Annual report of the Bengal Veterinary College and of the Civil Veterinary Department, Bengal, for the year 1910-1911 - 1910-1911
Year: 1910
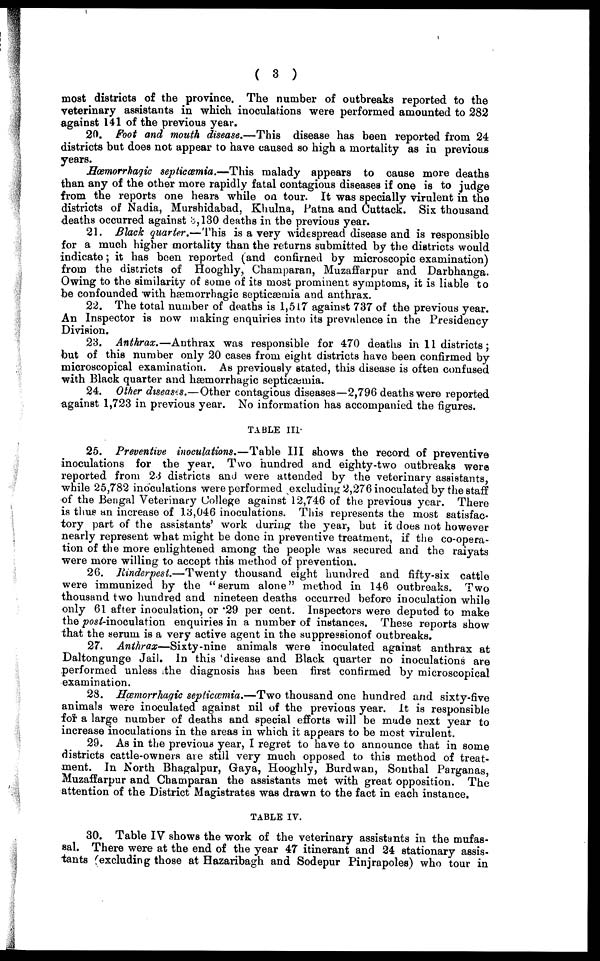
( 3 )
most districts of the province. The number of outbreaks reported to the
veterinary assistants in which inoculations were performed amounted to 282
against 141 of the previous year.
20. Foot and mouth disease.—This disease has been reported from 24
districts but does not appear to have caused so high a mortality as in previous
years.
Hæmorrhagic septicæmia.—This malady appears to cause more deaths
than any of the other more rapidly fatal contagious diseases if one is to judge
from the reports one hears while on tour. It was specially virulent in the
districts of Nadia, Murshidabad, Khulna, Patna and Cuttack. Six thousand
deaths occurred against 3,130 deaths in the previous year.
21. Black quarter.—This is a very widespread disease and is responsible
for a much higher mortality than the returns submitted by the districts would
indicate; it has been reported (and confirned by microscopic examination)
from the districts of Hooghly, Champaran, Muzaffarpur and Darbhanga.
Owing to the similarity of some of its most prominent symptoms, it is liable to
be confounded with hæmorrhagic septicæmia and anthrax.
22. The total number of deaths is 1,517 against 737 of the previous year.
An Inspector is now making enquiries into its prevalence in the Presidency
Division.
23. Anthrax.—Anthrax was responsible for 470 deaths in 11 districts;
but of this number only 20 cases from eight districts have been confirmed by
microscopical examination. As previously stated, this disease is often confused
with Black quarter and hæmorrhagic septicæmia.
24. Other diseases.—Other contagious diseases—2,796 deaths were reported
against 1,723 in previous year. No information has accompanied the figures.
TABLE III.
25. Preventive inoculations.—Table III shows the record of preventive
inoculations for the year. Two hundred and eighty-two outbreaks were
reported from 23 districts and were attended by the veterinary assistants,
while 25,782 inoculations were performed excluding 2,276 inoculated by the staff
of the Bengal Veterinary College against 12,746 of the previous year. There
is thus an increase of 13,046 inoculations. This represents the most satisfac-
tory part of the assistants' work during the year, but it does not however
nearly represent what might be done in preventive treatment, if the co-opera-
tion of the more enlightened among the people was secured and the raiyats
were more willing to accept this method of prevention.
26. Rinderpest.—Twenty thousand eight hundred and fifty-six cattle
were immunized by the "serum alone" method in 146 outbreaks. Two
thousand two hundred and nineteen deaths occurred before inoculation while
only 61 after inoculation, or .29 per cent. Inspectors were deputed to make
the post-inoculation enquiries in a number of instances. These reports show
that the serum is a very active agent in the suppressionof outbreaks.
27. Anthrax—Sixty-nine
animals were inoculated against anthrax at
Daltongunge Jail. In this disease and Black quarter no inoculations are
performed unless the diagnosis has been first confirmed by microscopical
examination.
28. Hæmorrhagic septicæmia.—Two thousand one hundred and sixty-five
animals were inoculated against nil of the previous year. It is responsible
for a large number of deaths and special efforts will be made next year to
increase inoculations in the areas in which it appears to be most virulent.
29. As in the previous year, I regret to have to announce that in some
districts cattle-owners are still very much opposed to this method of treat-
ment. In North Bhagalpur, Gaya, Hooghly, Burdwan, Sonthal Parganas,
Muzaffarpur and Champaran the assistants met with great opposition. The
attention of the District Magistrates was drawn to the fact in each instance.
TABLE IV.
30. Table IV shows the work of the veterinary assistants in the mufas-
sal. There were at the end of the year 47 itinerant and 24 stationary assis-
tants (excluding those at Hazaribagh and Sodepur Pinjrapoles) who tour in